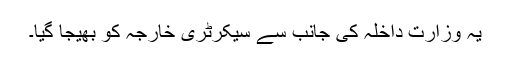
یہ وزارت داخلہ کی جانب سے سیکرٹری خارجہ کو بھیجا گیا۔